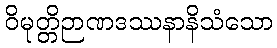
ဝိမုတ္တိဉာဏဒဿနာနိသံသော